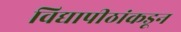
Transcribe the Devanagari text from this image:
विद्यापीठांकडून